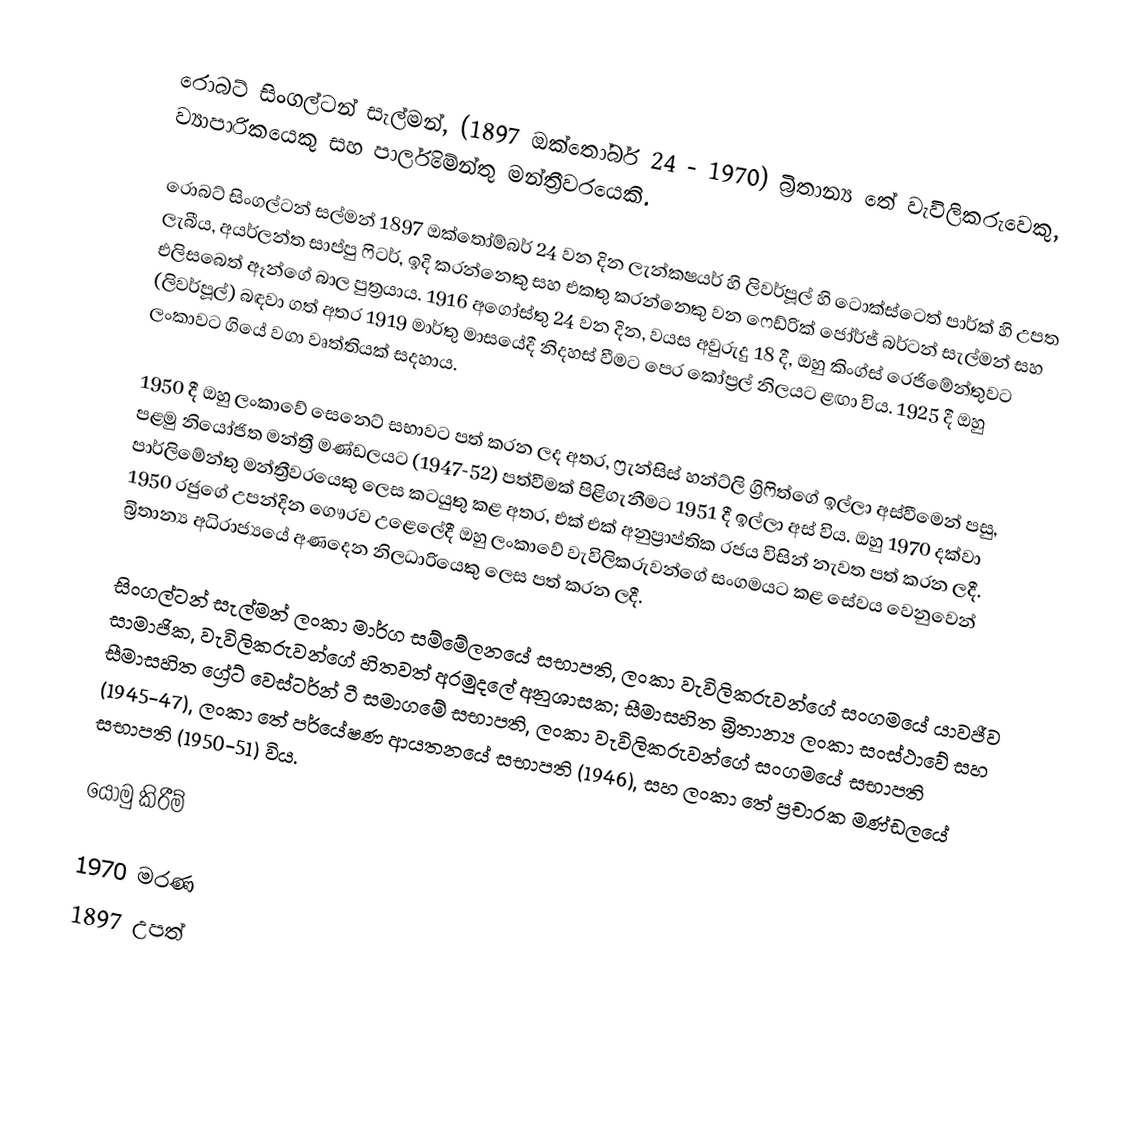
රොබට් සිංගල්ටන් සැල්මන්,  (1897 ඔක්තෝබර් 24 - 1970) බ්‍රිතාන්‍ය තේ වැවිලිකරුවෙකු, ව්‍යාපාරිකයෙකු සහ පාර්ලිමේන්තු මන්ත්‍රීවරයෙකි.

රොබට් සිංගල්ටන් සල්මන් 1897 ඔක්තෝම්බර් 24 වන දින ලැන්කෂයර් හි ලිවර්පූල් හි ටොක්ස්ටෙත් පාර්ක් හි උපත ලැබීය, අයර්ලන්ත සාප්පු ෆිටර්, ඉදි කරන්නෙකු සහ එකතු කරන්නෙකු වන ෆෙඩ්රික් ජෝර්ජ් බර්ටන් සැල්මන් සහ එලිසබෙත් ඈන්ගේ බාල පුත්‍රයාය. 1916 අගෝස්තු 24 වන දින, වයස අවුරුදු 18 දී, ඔහු කිංග්ස් රෙජිමේන්තුවට (ලිවර්පූල්) බඳවා ගත් අතර 1919 මාර්තු මාසයේදී නිදහස් වීමට පෙර කෝප්‍රල් නිලයට ළඟා විය. 1925 දී ඔහු ලංකාවට ගියේ වගා වෘත්තියක් සදහාය.

1950 දී ඔහු ලංකාවේ සෙනෙට් සභාවට පත් කරන ලද අතර, ෆ්‍රැන්සිස් හන්ට්ලි ග්‍රිෆිත්ගේ ඉල්ලා අස්වීමෙන් පසු, පළමු නියෝජිත මන්ත්‍රී මණ්ඩලයට (1947-52) පත්වීමක් පිළිගැනීමට 1951 දී ඉල්ලා අස් විය. ඔහු 1970 දක්වා පාර්ලිමේන්තු මන්ත්‍රීවරයෙකු ලෙස කටයුතු කළ අතර, එක් එක් අනුප්‍රාප්තික රජය විසින් නැවත පත් කරන ලදී.  1950 රජුගේ උපන්දින ගෞරව උළෙලේදී ඔහු ලංකාවේ වැවිලිකරුවන්ගේ සංගමයට කළ සේවය වෙනුවෙන් බ්‍රිතාන්‍ය අධිරාජ්‍යයේ අණදෙන නිලධාරියෙකු ලෙස පත් කරන ලදී.

සිංගල්ටන් සැල්මන් ලංකා මාර්ග සම්මේලනයේ සභාපති, ලංකා වැවිලිකරුවන්ගේ සංගමයේ යාවජීව සාමාජික, වැවිලිකරුවන්ගේ හිතවත් අරමුදලේ අනුශාසක; සීමාසහිත බ්‍රිතාන්‍ය ලංකා සංස්ථාවේ සහ සීමාසහිත ග්‍රේට් වෙස්ටර්න් ටී සමාගමේ සභාපති, ලංකා වැවිලිකරුවන්ගේ සංගමයේ සභාපති (1945-47), ලංකා තේ පර්යේෂණ ආයතනයේ සභාපති (1946), සහ ලංකා තේ ප්‍රචාරක මණ්ඩලයේ සභාපති (1950-51) විය.

යොමු කිරීම්

1970 මරණ
1897 උපත්